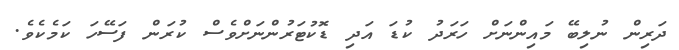
ދަރިން ނުލިބޭ މައިންނަށް ހަރަދު ކުޑަ އަދި ޑޮކުޓަރުންނަށްވެސް ކުރަން ފަސޭހަ ކަމެކެވެ.